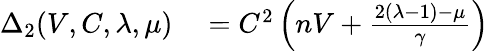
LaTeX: \begin{array}{rl}{\Delta_{2}(V,C,\lambda,\mu)}&{{}=C^{2}\left(nV+\frac{2(\lambda-1)-\mu}{\gamma}\right)}\end{array}